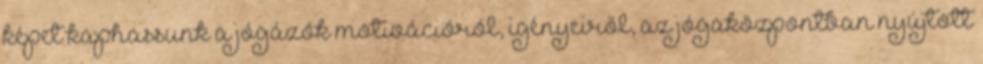
képet kaphassunk a jógázók motivációról, igényeiről, az jógaközpontban nyújtott